Civil Veterinary Department Bihar & Orissa reports 1922-29 - 1922-1929
Year: 1922
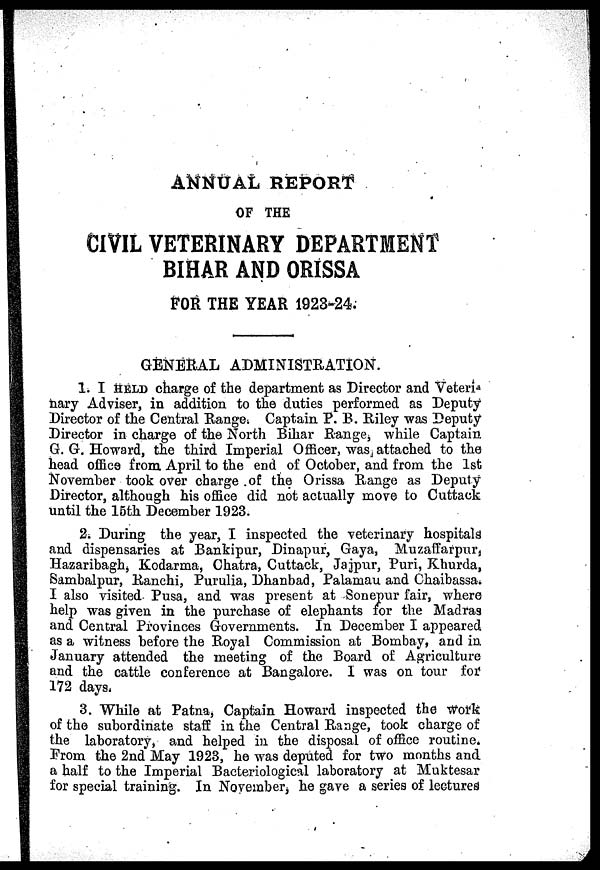
ANNUAL REPORT
OF THE
CIVIL VETERINARY DEPARTMENT
BIHAR AND ORISSA
FOR THE YEAR 1923-24.
GENERAL ADMINISTRATION.
1. I HELD charge of the department as Director and Veteri-
nary Adviser, in addition to the duties performed as Deputy
Director of the Central Range. Captain P. B. Riley was Deputy
Director in charge of the North Bihar Range, while Captain
G.G.Howard, the third Imperial Officer, wasj attached to the
head office from April to the end of October, and from the 1st
November took over charge of the Orissa Range as Deputy
Director, although his office did not actually move to Cuttack
until the 15th December 1923.
2. During the year, I inspected the veterinary hospitals
and dispensaries at Bankipur, Dinapur, Gaya, Muzaffarpur,
Hazaribaghj Kodarma, Chatra, Cuttack, Jajpur, Puri, Khurda,
Sambalpur, Ranchi, Purulia, Dhanbad, Palamau and Chaibassa.
I also visited Pusa, and was present at Sonepur fair, where
help was given in the purchase of elephants for the Madras
and Central Provinces Governments. In December I appeared
as a witness before the Royal Commission at Bombay, and in
January attended the meeting of the Board of Agriculture
and the cattle conference at Bangalore. I was on tour for:
172 days.
3. While at Patna, Captain Howard inspected the Work
of the subordinate staff in the Central Range, took charge of
the laboratory, and helped in the disposal of office routine.
Prom the 2nd May 1923, he was deputed for two months and
a half to the Imperial Bacteriological laboratory at Muktesar
for special training. In November he gave a series of lectured